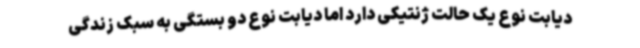
دیابت نوع یک حالت ژنتیکی دارد اما دیابت نوع دو بستگی به سبک زندگی